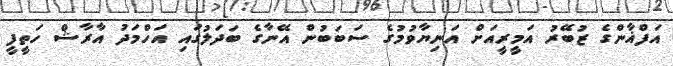
އަފްޣާންގެ ޒުބޭރު އަމީރީއަށް އަނިޔާވުމުގެ ސަބަބުން އޭނާގެ ބަދަލުގައި އަހްމަދު އާރާޝް ހަތީފީ